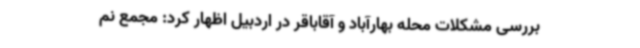
بررسی مشکلات محله بهارآباد و آقاباقر در اردبیل اظهار کرد: مجمع نم